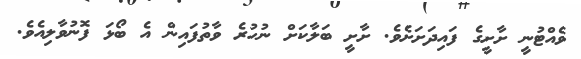
ވެއްޓުނީ ށާށީގެ ފައިދަށަށެވެ. ށާށީ ބަލާކަށް ނުހުރެ ވާތުފައިން އެ ބޯޅަ ފޮނުވާލިއެވެ.